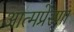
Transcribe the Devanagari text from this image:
आत्मप्रेरणा